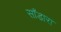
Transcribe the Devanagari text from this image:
साँडारा